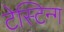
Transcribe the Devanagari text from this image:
टेस्टिन्ग